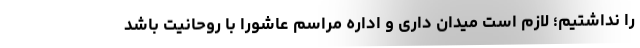
را نداشتیم؛ لازم است میدان داری و اداره مراسم عاشورا با روحانیت باشد